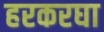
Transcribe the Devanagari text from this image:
हरकरघा